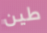
طين